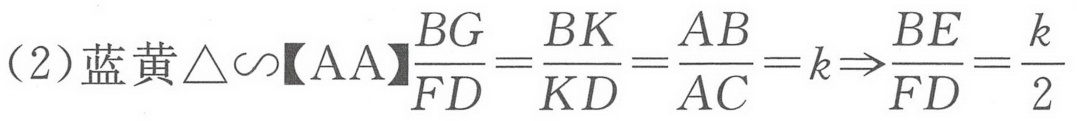
（2）蓝黄\(\triangle\sim【AA】\frac{BG}{FD}=\frac{BK}{KD}=\frac{AB}{AC}=k\Rightarrow\frac{BE}{FD}=\frac{k}{2}\)